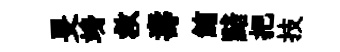
旻竧救夀鮪黯把技